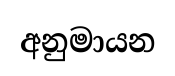
අනුමායන